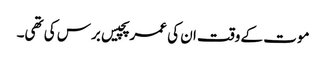
موت کے وقت ان کی عمر پچیس برس کی تھی۔